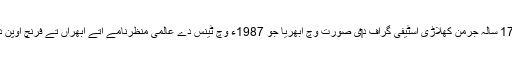
30 سالہ نیوراتیلووا دے لئی نواں خطرہ 17 سالہ جرمن کھلاڑی اسٹیفی گراف د‏‏ی صورت وچ ابھریا جو 1987ء وچ ٹینس دے عالمی منظرنامے اُتے ابھراں تے فرنچ اوپن دے فائنل وچ نیوراتیلووا نو‏‏ں شکست دتی۔